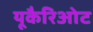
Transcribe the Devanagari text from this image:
यूकैरिओट